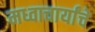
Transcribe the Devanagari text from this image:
मध्वाचार्यांचे